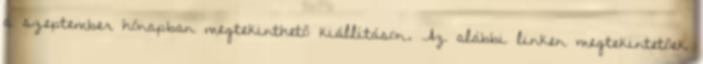
a szeptember hónapban megtekinthető kiállításon. Az alábbi linken megtekintetőek